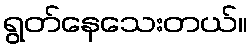
ရွတ်နေသေးတယ်။